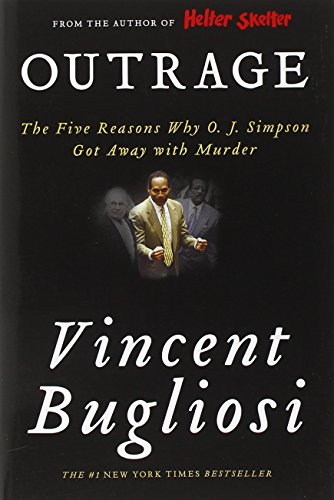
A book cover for Outrage: The Five Reasons Why O. J. Simpson Got Away with Murder; Vincent Bugliosi; Biographies & Memoirs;